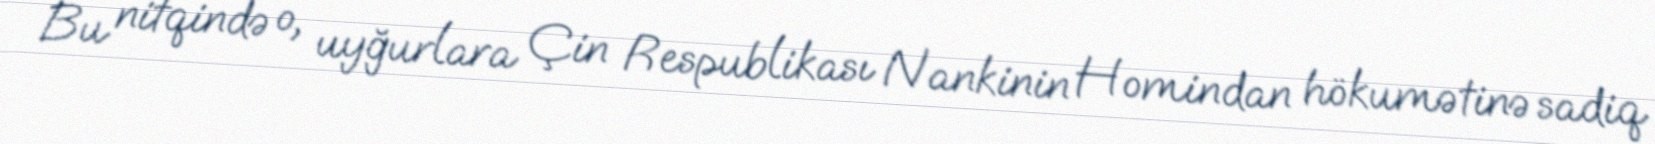
Bu nitqində o, uyğurlara Çin Respublikası Nankinin Homindan hökumətinə sadiq